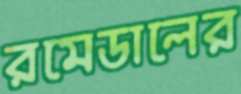
রমেডালের